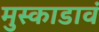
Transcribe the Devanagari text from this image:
मुस्काडावं